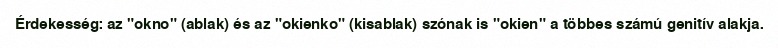
Érdekesség: az "okno" (ablak) és az "okienko" (kisablak) szónak is "okien" a többes számú genitív alakja.